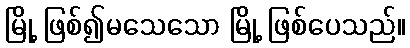
မြို့ ဖြစ်၍မသေသော မြို့ ဖြစ်ပေသည်။